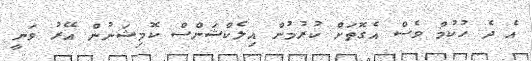
އެ ދެ ހުކުމް ވެސް އެގޮތަށް ކުރުމުން އިލެކްޝަންސް ކޮމިޝަނުން އޭރު ވަނީ